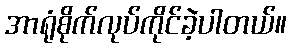
အာရုံစိုက်လုပ်ကိုင်ခဲ့ပါတယ်။